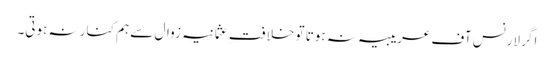
اگر لارنس آف عریبیہ نہ ہوتا تو خلافتِ عثمانیہ زوال سے ہم کنار نہ ہوتی۔